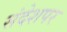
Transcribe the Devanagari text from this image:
संदेशपर